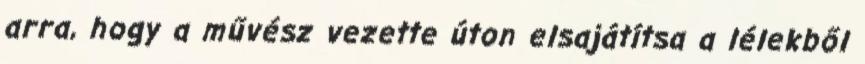
arra, hogy a művész vezette úton elsajátítsa a lélekből